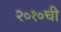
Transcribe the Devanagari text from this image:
२०१०ची